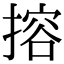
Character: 搈